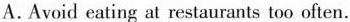
A. Avoid eating at restaurants too often.